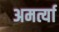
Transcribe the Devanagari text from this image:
अमर्त्या